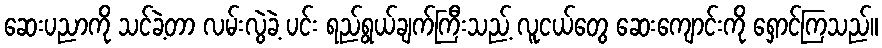
ဆေးပညာကို သင်ခဲ့တာ လမ်းလွဲခဲ့ ပင်း ရည်ရွယ်ချက်ကြီးသည့် လူငယ်တွေ ဆေးကျောင်းကို ရှောင်ကြသည်။